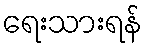
ရေးသားရန်